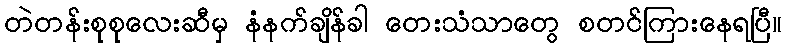
တဲတန်းစုစုလေးဆီမှ နံနက်ချိန်ခါ တေးသံသာတွေ စတင်ကြားနေရပြီ။